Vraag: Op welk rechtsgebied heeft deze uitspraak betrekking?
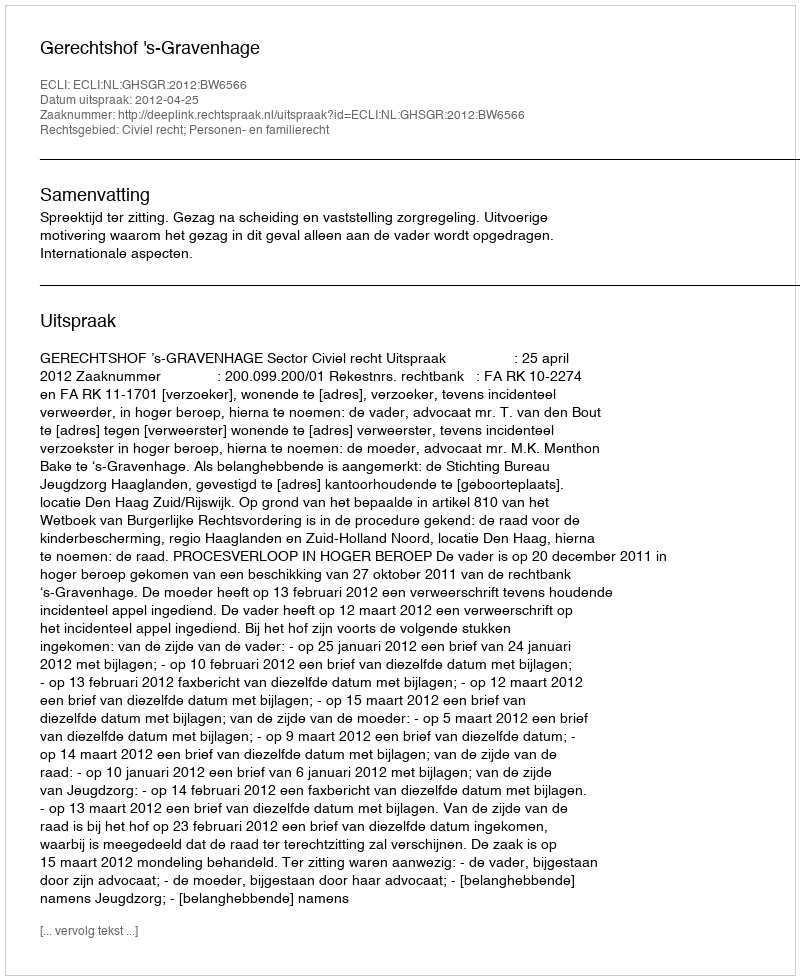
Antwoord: Civiel recht; Personen- en familierecht